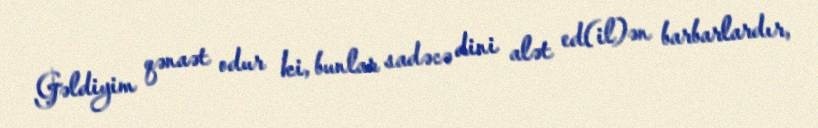
Gəldiyim qənaət odur ki, bunlar sadəcə dini alət ed(il)ən barbarlardır,